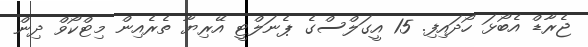
ޖެރާޑް އެބޯޅަ ހޯދައިފި. 15 އީގަލްސްގެ ޕެނަލްޓީ އޭރިޔާ ތެރެއިން މިޓްކޯވް ދިން